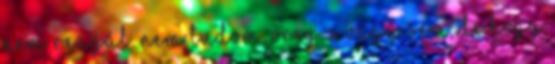
nem reagál. Nem tudom, öreg-e vagy sem, de hogy